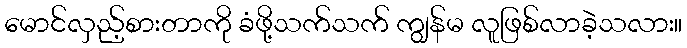
မောင်လှည့်စားတာကို ခံဖို့သက်သက် ကျွန်မ လူဖြစ်လာခဲ့သလား။